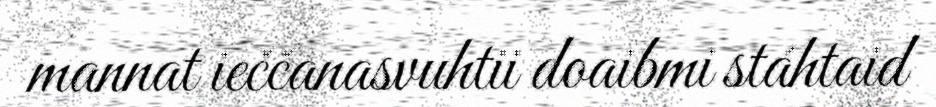
mannat ieččanasvuhtii doaibmi stáhtaid